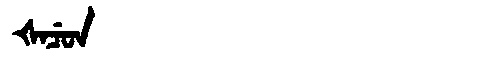
Manchu: ᡧᠠᠴᡠᠨ
Romanization: ŠACUN